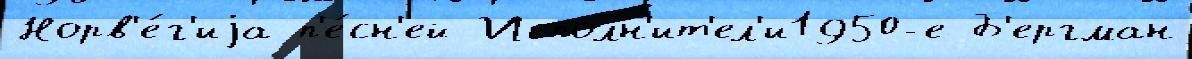
Норв'е́г'иjа п'е́сн'ей Исполн'ит'ел'и1950-е Б'ергман